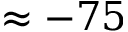
\approx - 7 5